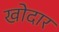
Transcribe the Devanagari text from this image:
खोदार